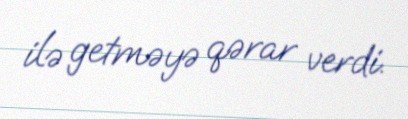
ilə getməyə qərar verdi.